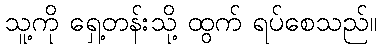
သူ့ကို ရှေ့တန်းသို့ ထွက် ရပ်စေသည်။